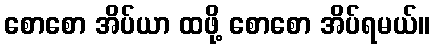
စောစော အိပ်ယာ ထဖို့ စောစော အိပ်ရမယ်။